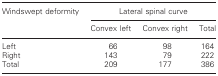
<table><thead><tr><td><b>Windswept deformity</b></td><td colspan="3"><b>Lateral spinal curve</b></td></tr><tr><td></td><td><b>Convex left</b></td><td><b>Convex right</b></td><td><b>Total</b></td></tr></thead><tbody><tr><td>Left</td><td>66</td><td>98</td><td>164</td></tr><tr><td>Right</td><td>143</td><td>79</td><td>222</td></tr><tr><td>Total</td><td>209</td><td>177</td><td>386</td></tr></tbody></table>